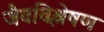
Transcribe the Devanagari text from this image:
जैवविश्लेषण